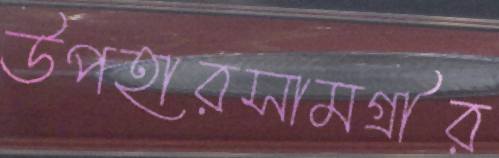
উপহারসামগ্রীর